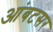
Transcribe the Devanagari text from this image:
आंबटसर